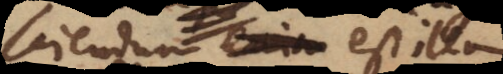
Sciendum est illam